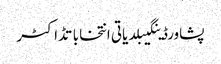
پشاورڈینگیبلدیاتی انتخاباتڈاکٹر